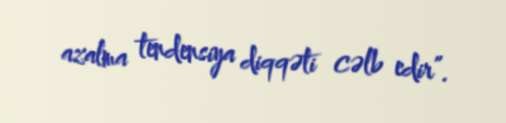
azalma tendensiya diqqəti cəlb edir”.